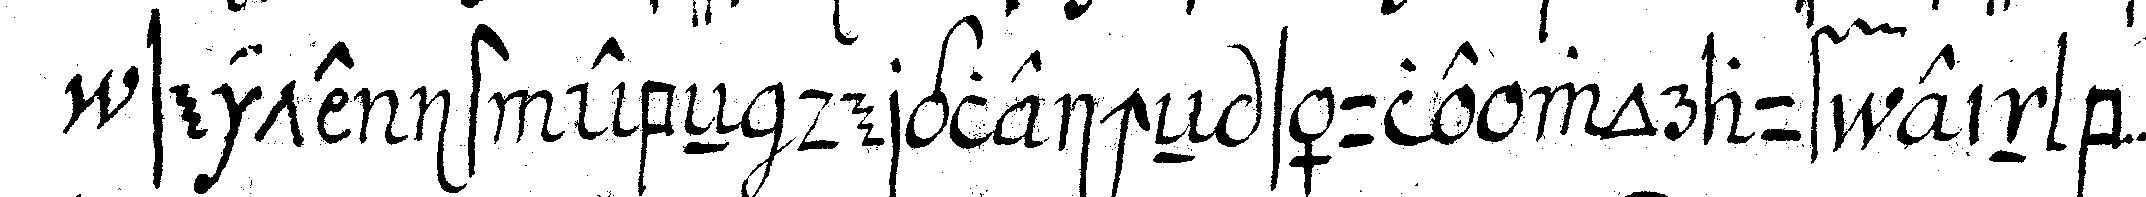
seite ist ebeN dergleicheN säule worauf ein b ...